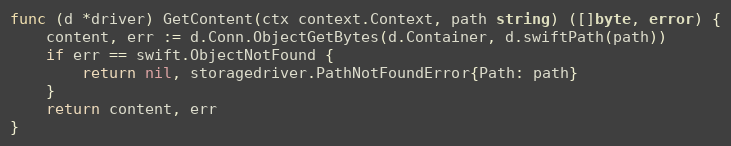
Language: Go
func (d *driver) GetContent(ctx context.Context, path string) ([]byte, error) {
	content, err := d.Conn.ObjectGetBytes(d.Container, d.swiftPath(path))
	if err == swift.ObjectNotFound {
		return nil, storagedriver.PathNotFoundError{Path: path}
	}
	return content, err
}